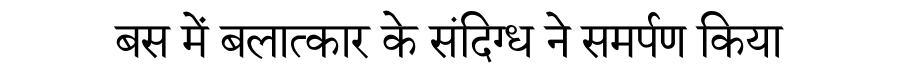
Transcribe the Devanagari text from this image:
बस में बलात्कार के संदिग्ध ने समर्पण किया